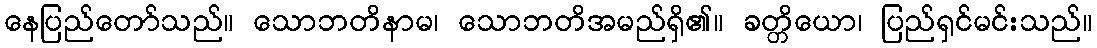
နေပြည်တော်သည်။ သောဘတိနာမ၊ သောဘတိအမည်ရှိ၏။ ခတ္တိယော၊ ပြည်ရှင်မင်းသည်။